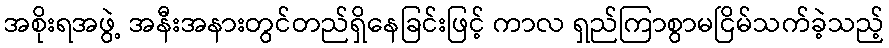
အစိုးရအဖွဲ့ အနီးအနားတွင်တည်ရှိနေခြင်းဖြင့် ကာလ ရှည်ကြာစွာမငြိမ်သက်ခဲ့သည့်